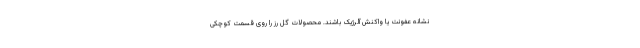
نشانه عفونت یا واکنش آلرژیک باشند. محصولات گل رز را روی قسمت کوچکی